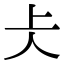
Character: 仧